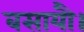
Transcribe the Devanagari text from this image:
बसायौ।